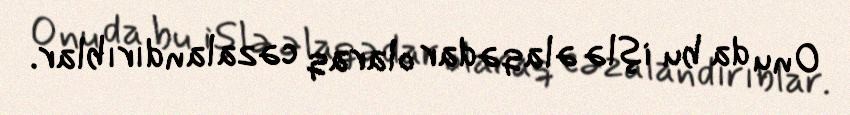
Onu da bu işlə əlaqədar olaraq cəzalandırıblar.